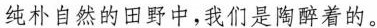
纯朴自然的田野中,我们是陶醉着的。